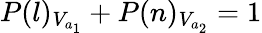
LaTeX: P(l)_{V_{a_{1}}}+P(n)_{V_{a_{2}}}=1